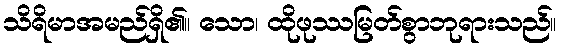
သိရိမာအမည်ရှိ၏။ သော၊ ထိုဖုဿမြတ်စွာဘုရားသည်။